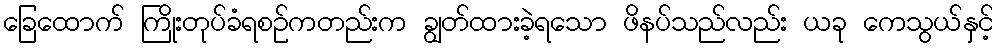
ခြေထောက် ကြိုးတုပ်ခံရစဉ်ကတည်းက ချွတ်ထားခဲ့ရသော ဖိနပ်သည်လည်း ယခု ကေသွယ်နှင့်